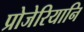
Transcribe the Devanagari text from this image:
प्रोजेरियानि